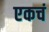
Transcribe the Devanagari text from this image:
एकचं